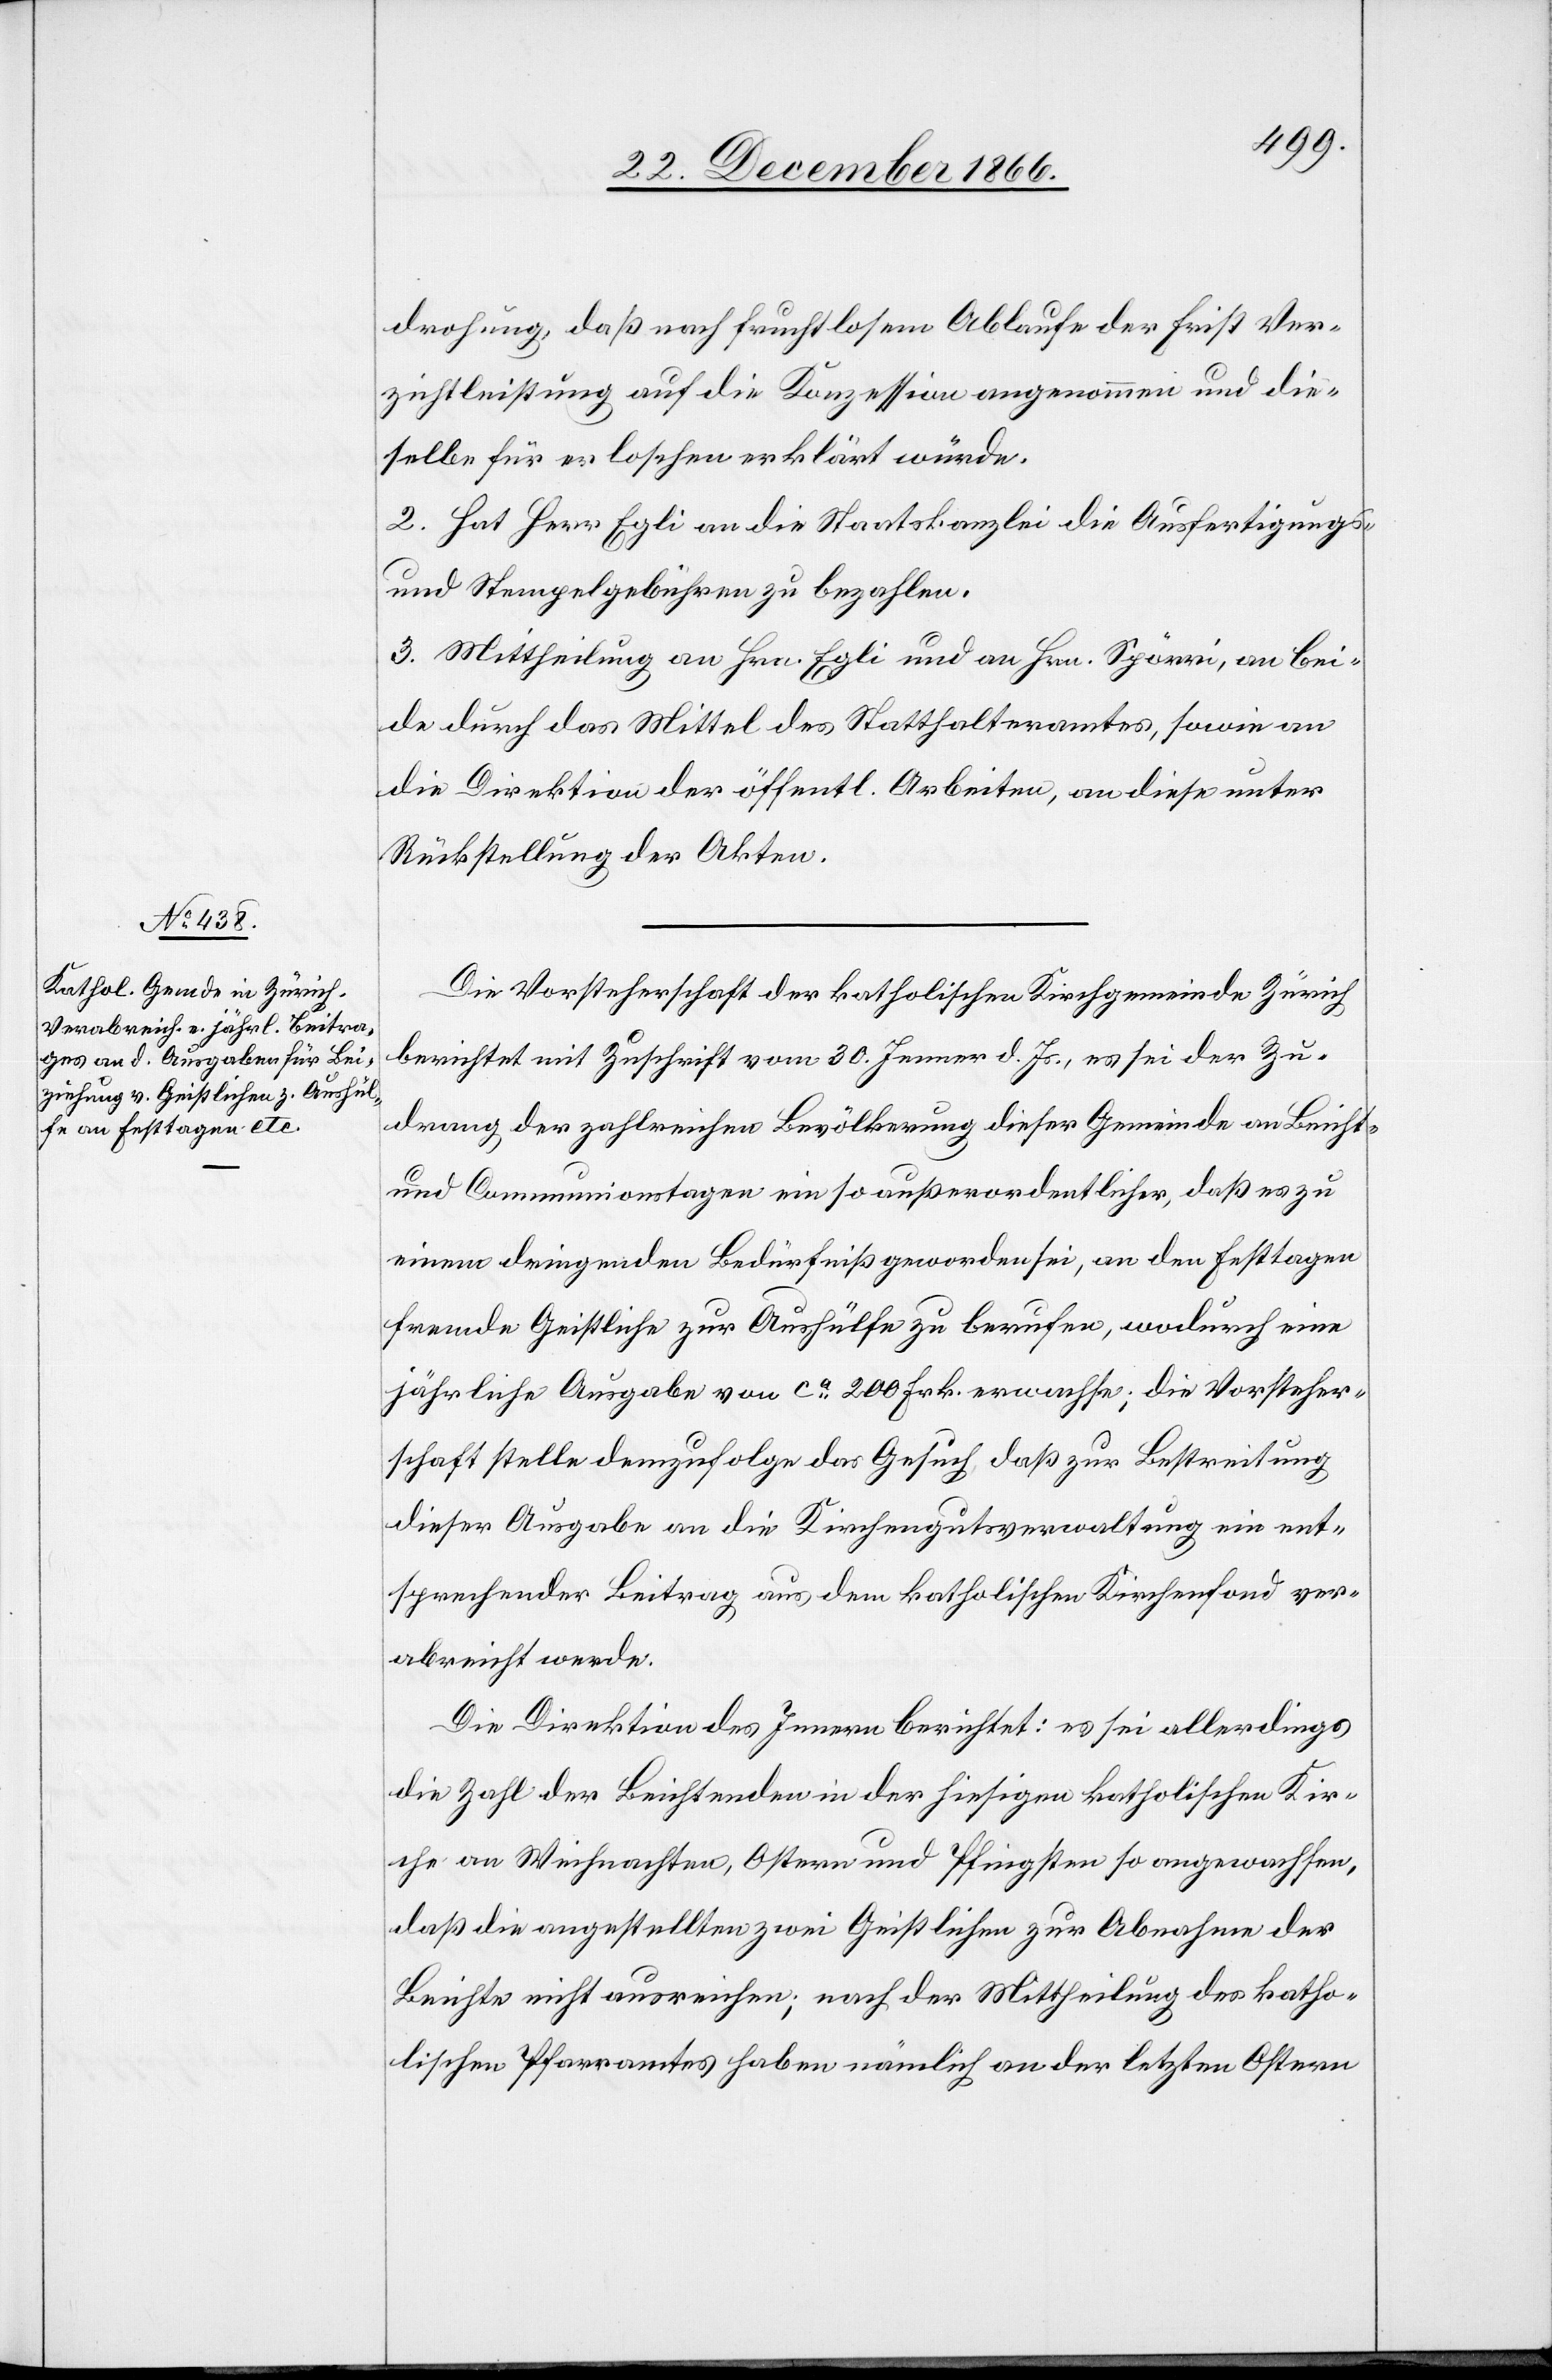
drohung, daß nach fruchtlosem Ablaufe der Frist Ver¬
zichtleistung auf die Konzession angenommen und die¬
selbe für erloschen erklärt würde.
2. Hat Herr Egli an die Staatskanzlei die Ausfertigungs-
und Stempelgebühren zu bezahlen.
3. Mittheilung an Hrn. Egli und an Hrn. Spörri, an bei¬
de durch das Mittel des Statthalteramtes, sowie an
die Direktion der öffentl. Arbeiten, an diese unter
Rückstellung der Akten.
Die Vorsteherschaft der katholischen Kirchgemeinde Zürich
berichtet mit Zuschrift vom 30. Jenner d. Js., es sei der Zu¬
drang der zahlreichen Bevölkerung dieser Gemeinde an Beicht-
und Communionstagen ein so außerordentlicher, daß es zu
einem dringenden Bedürfniß geworden sei, an den Festtagen
fremde Geistliche zur Aushülfe zu berufen, wodurch eine
jährliche Ausgabe von ca. 200 Frk. erwachse; die Vorsteher¬
schaft stelle demzufolge das Gesuch, daß zur Bestreitung
dieser Ausgabe an die Kirchengutsverwaltung ein ent¬
sprechender Beitrag aus dem katholischen Kirchenfond ver¬
abreicht werde.
Die Direktion des Innern berichtet: es sei allerdings
die Zahl der Beichtenden in der hiesigen katholischen Kir¬
che an Weihnachten, Ostern und Pfingsten so angewachsen,
daß die angestellten zwei Geistlichen zur Abnahme der
Beichte nicht ausreichen; nach der Mittheilung des katho¬
lischen Pfarramtes haben nämlich an der letzten Ostern